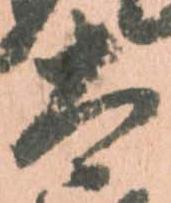
太